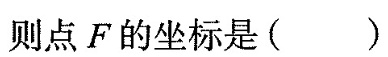
则点F的坐标是()